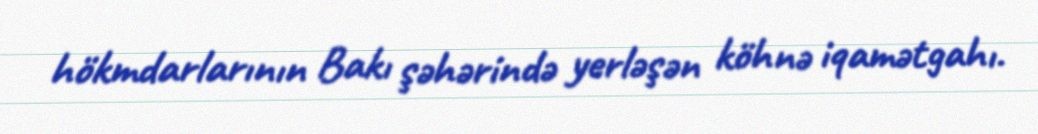
hökmdarlarının Bakı şəhərində yerləşən köhnə iqamətgahı.